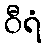
ဝီရံ